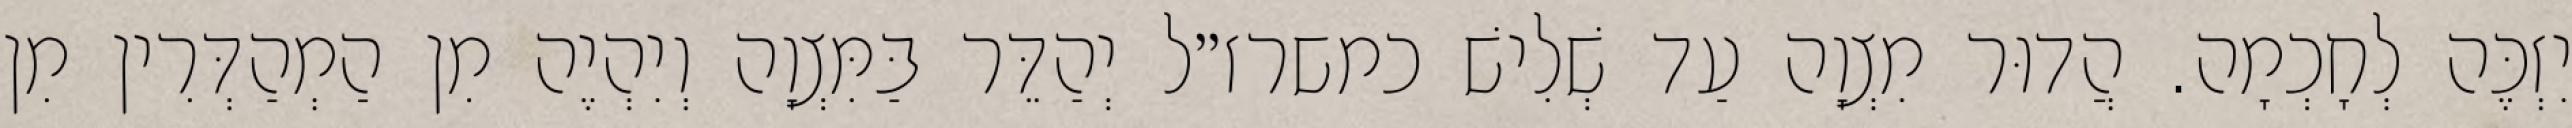
יִזְכֶּה לְחָכְמָה. הֲדוּר מִצְוָה עַד שְׁלִישׁ כמשרז״ל יְהַדֵּר בַּמִּצְוָה וְיִהְיֶה מִן הַמְהַדְּרִין מִן